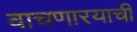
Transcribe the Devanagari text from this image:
वाचणारयाची